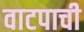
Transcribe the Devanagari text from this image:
वाटपाची